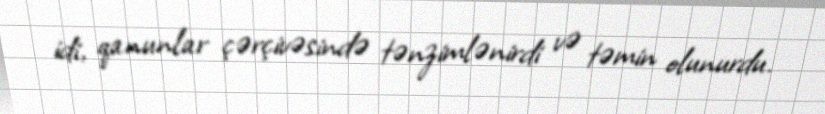
idi, qanunlar çərçivəsində tənzimlənirdi və təmin olunurdu.